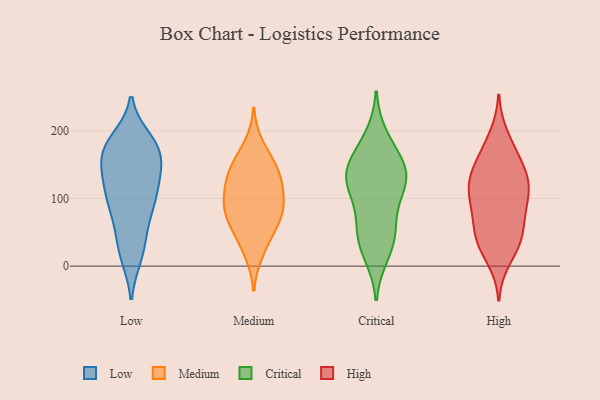
{"axis": {"x": "Headcount", "y": "Value"}, "legend": ["Critical", "High", "Low", "Medium"], "data": [{"x": "", "y": 102, "type": "Low"}, {"x": "", "y": 141, "type": "Low"}, {"x": "", "y": 174, "type": "Low"}, {"x": "", "y": 27, "type": "Low"}, {"x": "", "y": 168, "type": "Low"}, {"x": "", "y": 142, "type": "Low"}, {"x": "", "y": 73, "type": "Low"}, {"x": "", "y": 174, "type": "Low"}, {"x": "", "y": 16, "type": "Low"}, {"x": "", "y": 117, "type": "Low"}, {"x": "", "y": 85, "type": "Low"}, {"x": "", "y": 59, "type": "Low"}, {"x": "", "y": 20, "type": "Low"}, {"x": "", "y": 168, "type": "Low"}, {"x": "", "y": 185, "type": "Low"}, {"x": "", "y": 171, "type": "Low"}, {"x": "", "y": 98, "type": "Low"}, {"x": "", "y": 178, "type": "Low"}, {"x": "", "y": 127, "type": "Low"}, {"x": "", "y": 112, "type": "Low"}, {"x": "", "y": 151, "type": "Medium"}, {"x": "", "y": 77, "type": "Medium"}, {"x": "", "y": 111, "type": "Medium"}, {"x": "", "y": 38, "type": "Medium"}, {"x": "", "y": 87, "type": "Medium"}, {"x": "", "y": 82, "type": "Medium"}, {"x": "", "y": 19, "type": "Medium"}, {"x": "", "y": 138, "type": "Medium"}, {"x": "", "y": 144, "type": "Medium"}, {"x": "", "y": 109, "type": "Medium"}, {"x": "", "y": 104, "type": "Medium"}, {"x": "", "y": 179, "type": "Medium"}, {"x": "", "y": 138, "type": "Medium"}, {"x": "", "y": 62, "type": "Medium"}, {"x": "", "y": 64, "type": "Medium"}, {"x": "", "y": 17, "type": "Critical"}, {"x": "", "y": 41, "type": "Critical"}, {"x": "", "y": 61, "type": "Critical"}, {"x": "", "y": 143, "type": "Critical"}, {"x": "", "y": 170, "type": "Critical"}, {"x": "", "y": 69, "type": "Critical"}, {"x": "", "y": 110, "type": "Critical"}, {"x": "", "y": 191, "type": "Critical"}, {"x": "", "y": 125, "type": "Critical"}, {"x": "", "y": 141, "type": "Critical"}, {"x": "", "y": 33, "type": "Critical"}, {"x": "", "y": 123, "type": "Critical"}, {"x": "", "y": 150, "type": "Critical"}, {"x": "", "y": 122, "type": "Critical"}, {"x": "", "y": 129, "type": "High"}, {"x": "", "y": 10, "type": "High"}, {"x": "", "y": 193, "type": "High"}, {"x": "", "y": 37, "type": "High"}, {"x": "", "y": 171, "type": "High"}, {"x": "", "y": 40, "type": "High"}, {"x": "", "y": 133, "type": "High"}, {"x": "", "y": 102, "type": "High"}, {"x": "", "y": 139, "type": "High"}, {"x": "", "y": 28, "type": "High"}, {"x": "", "y": 112, "type": "High"}, {"x": "", "y": 168, "type": "High"}, {"x": "", "y": 99, "type": "High"}, {"x": "", "y": 121, "type": "High"}, {"x": "", "y": 44, "type": "High"}, {"x": "", "y": 70, "type": "High"}, {"x": "", "y": 100, "type": "High"}, {"x": "", "y": 145, "type": "High"}, {"x": "", "y": 55, "type": "High"}, {"x": "", "y": 79, "type": "High"}]}